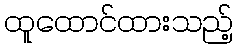
ထူထောင်ထားသည့်